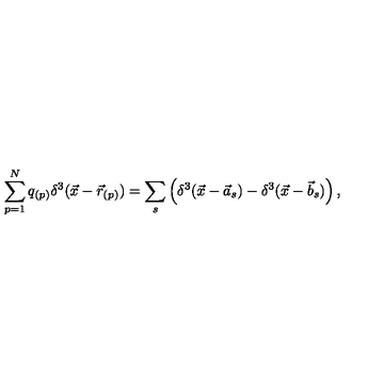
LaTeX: \sum _ { p = 1 } ^ { N } q _ { ( p ) } \delta ^ { 3 } ( \vec { x } - \vec { r } _ { ( p ) } ) = \sum _ { s } \left( \delta ^ { 3 } ( \vec { x } - \vec { a } _ { s } ) - \delta ^ { 3 } ( \vec { x } - \vec { b } _ { s } ) \right) ,